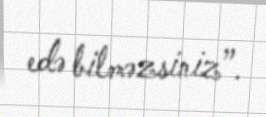
edə bilməzsiniz”.